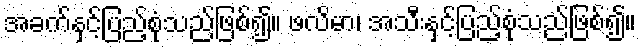
အခက်နှင့်ပြည့်စုံသည်ဖြစ်၍။ ဖလိမာ၊ အသီးနှင့်ပြည့်စုံသည်ဖြစ်၍။